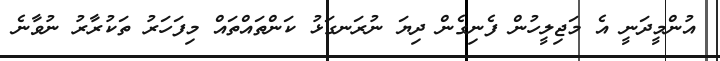
އުންމީދަނީ އެ މަޖިލީހުން ފެނިގެން ދިޔަ ނުރަނގަޅު ކަންތައްތައް މިފަހަރު ތަކުރާރު ނުވާނެ